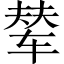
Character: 辇